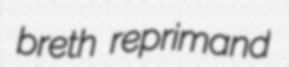
breth reprimand